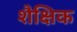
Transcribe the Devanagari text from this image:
शैक्षिक